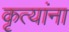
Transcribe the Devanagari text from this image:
कृत्यांना